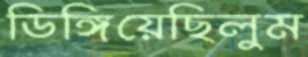
ডিঙ্গিয়েছিলুম